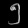
Digit: ၅